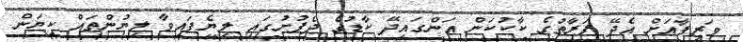
ވަޒީފާއަށް އެދޭ ފަރާތުގެ ކާކުކަން އަންގައިދޭ ކާޑުގެ ދެފުށުގައި ލިޔެފައިވާ ލިޔުންތައް ކިޔަން